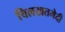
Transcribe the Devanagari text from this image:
चिलखतभेदी